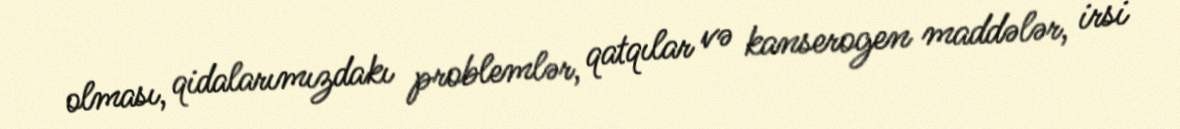
olması, qidalarımızdakı problemlər, qatqılar və kanserogen maddələr, irsi